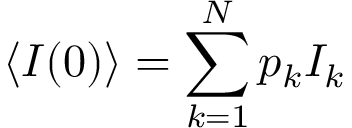
\langle I ( 0 ) \rangle = \sum _ { k = 1 } ^ { N } p _ { k } I _ { k }